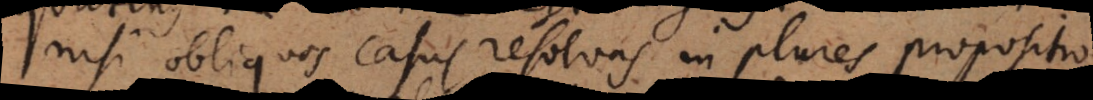
nisi obliquos casus resolvas in plures propositio